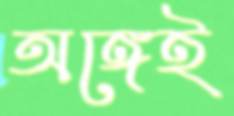
অঙ্গেই